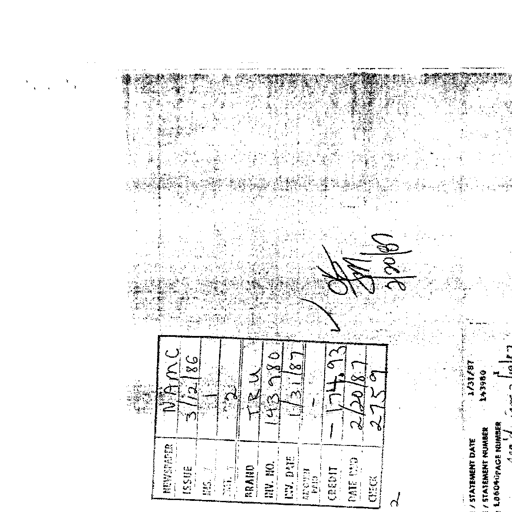
Transcript:
NEWSPAPER NAMC
ISSUE 3/12/86
PGS. 1
2
BRAND TRU
INV. NO. 143980
INV. DATE 1/31/87
AMOUNT PAID
CREDIT 174.93
DATE PAID 2/20/87
CHECK 2759
OK
SM
2/20/87
2
STATEMENT DATE 1/31/87
STATEMENT NUMBER 143980
PAGE NUMBER 1